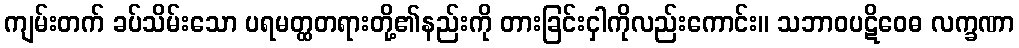
ကျမ်းတက် ခပ်သိမ်းသော ပရမတ္ထတရားတို့၏နည်းကို တားခြင်းငှါကိုလည်းကောင်း။ သဘာဝပဋိဝေဓ လက္ခဏာ